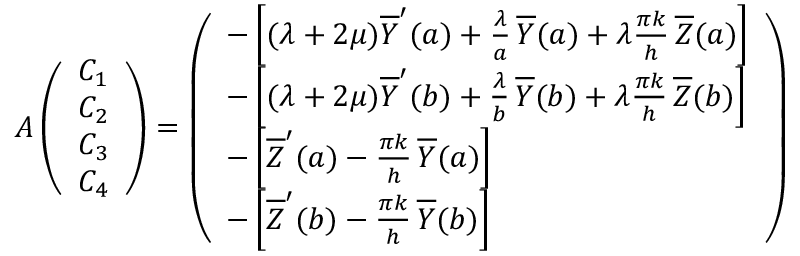
A \left( \begin{array} { l } { C _ { 1 } } \\ { C _ { 2 } } \\ { C _ { 3 } } \\ { C _ { 4 } } \end{array} \right) = \left( \begin{array} { l } { - \left[ ( \lambda + 2 \mu ) \overline { Y } ^ { \prime } ( a ) + \frac { \lambda } { a } \, \overline { Y } ( a ) + \lambda \frac { \pi k } { h } \, \overline { Z } ( a ) \right] } \\ { - \left[ ( \lambda + 2 \mu ) \overline { Y } ^ { \prime } ( b ) + \frac { \lambda } { b } \, \overline { Y } ( b ) + \lambda \frac { \pi k } { h } \, \overline { Z } ( b ) \right] } \\ { - \left[ \overline { Z } ^ { \prime } ( a ) - \frac { \pi k } { h } \, \overline { Y } ( a ) \right] } \\ { - \left[ \overline { Z } ^ { \prime } ( b ) - \frac { \pi k } { h } \, \overline { Y } ( b ) \right] } \end{array} \right)